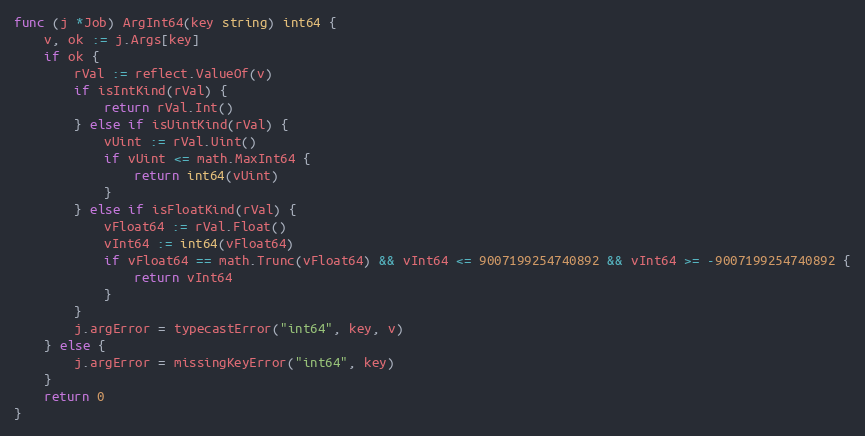
Language: Go
func (j *Job) ArgInt64(key string) int64 {
	v, ok := j.Args[key]
	if ok {
		rVal := reflect.ValueOf(v)
		if isIntKind(rVal) {
			return rVal.Int()
		} else if isUintKind(rVal) {
			vUint := rVal.Uint()
			if vUint <= math.MaxInt64 {
				return int64(vUint)
			}
		} else if isFloatKind(rVal) {
			vFloat64 := rVal.Float()
			vInt64 := int64(vFloat64)
			if vFloat64 == math.Trunc(vFloat64) && vInt64 <= 9007199254740892 && vInt64 >= -9007199254740892 {
				return vInt64
			}
		}
		j.argError = typecastError("int64", key, v)
	} else {
		j.argError = missingKeyError("int64", key)
	}
	return 0
}